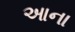
આના